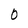
Character: 0